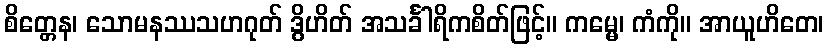
စိတ္တေန၊ သောမနဿသဟဂုတ် ဒွိဟိတ် အသင်္ခါရိကစိတ်ဖြင့်။ ကမ္မေ၊ ကံကို။ အာယူဟိတေ၊